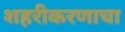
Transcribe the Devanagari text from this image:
शहरीकरणाचा